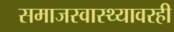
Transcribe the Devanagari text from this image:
समाजस्वास्थ्यावरही